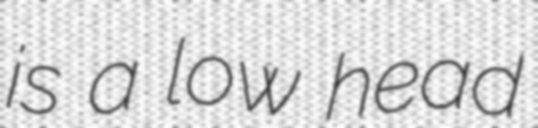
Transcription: is a low head